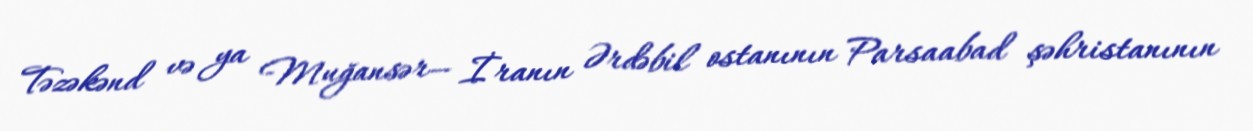
Təzəkənd və ya Muğansər— İranın Ərdəbil ostanının Parsaabad şəhristanının